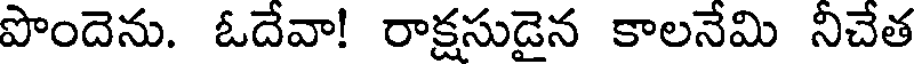
పొందెను. ఓదేవా! రాక్షసుడైన కాలనేమి నీచేత